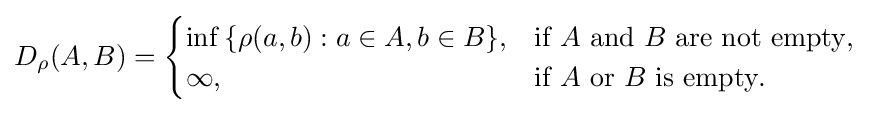
D_{\rho }(A,B)={\begin{cases}\inf {\{\rho (a,b):a\in A,b\in B\}},&{\text{if }}A{\text{ and }}B{\text{ are not empty}},\\\infty ,&{\text{if }}A{\text{ or }}B{\text{ is empty}}.\end{cases}}